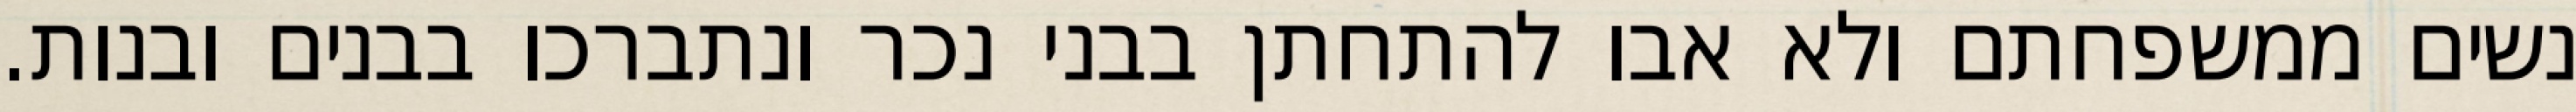
נשים ממשפחתם ולא אבו להתחתן בבני נכר ונתברכו בבנים ובנות.